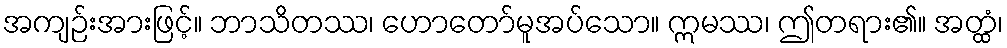
အကျဉ်းအားဖြင့်။ ဘာသိတဿ၊ ဟောတော်မူအပ်သော။ ဣမဿ၊ ဤတရား၏။ အတ္ထံ၊